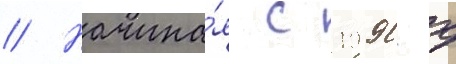
// Начина́я с 1990-х